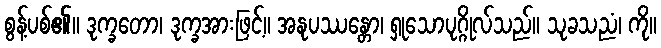
စွန့်ပစ်၏။ ဒုက္ခတော၊ ဒုက္ခအားဖြင့်။ အနုပဿန္တော၊ ရှုသောပုဂ္ဂိုလ်သည်။ သုခသညံ၊ ကို။